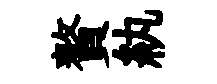
贅紈